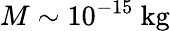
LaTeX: M\sim 10^{-15}~\mathrm{kg}